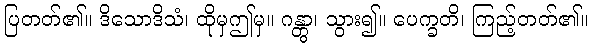
ပြတတ်၏။ ဒိသောဒိသံ၊ ထိုမှဤမှ။ ဂန္တွာ၊ သွား၍။ ပေက္ခတိ၊ ကြည့်တတ်၏။